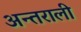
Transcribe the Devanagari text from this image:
अन्तराली